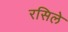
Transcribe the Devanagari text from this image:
रसिले